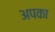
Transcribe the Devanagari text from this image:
अपका